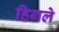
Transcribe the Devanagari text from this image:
हिगले